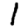
Digit: 1